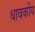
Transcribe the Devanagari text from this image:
धावकीय